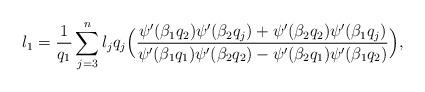
LaTeX: \begin{align*}l_1=\frac{1}{q_1}\sum_{j=3}^{n}l_j q_j \Big(\frac{\psi'(\beta_1 q_2)\psi'(\beta_2 q_j)+\psi'(\beta_2 q_2)\psi'(\beta_1 q_j)}{\psi'(\beta_1 q_1)\psi'(\beta_2 q_2)-\psi'(\beta_2 q_1)\psi'(\beta_1 q_2)}\Big), \end{align*}